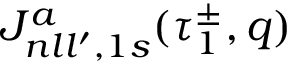
{ \cal J } _ { n l l ^ { \prime } , 1 s } ^ { a } ( \tau _ { 1 } ^ { \pm } , q )